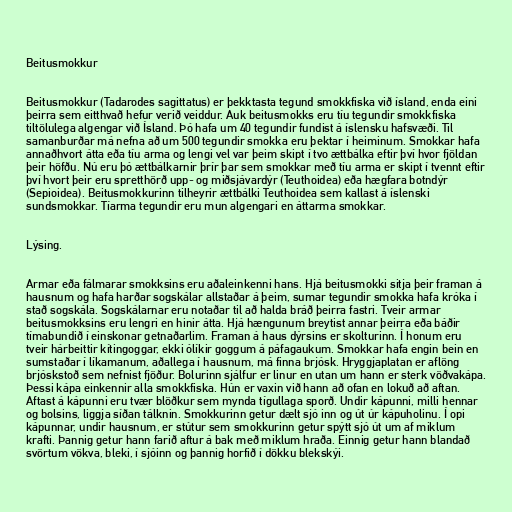
Beitusmokkur

Beitusmokkur (Tadarodes sagittatus) er þekktasta tegund smokkfiska við ísland, enda eini
þeirra sem eitthvað hefur verið veiddur. Auk beitusmokks eru tíu tegundir smokkfiska
tiltölulega algengar við Ísland. Þó hafa um 40 tegundir fundist á íslensku hafsvæði. Til
samanburðar má nefna að um 500 tegundir smokka eru þektar í heiminum. Smokkar hafa
annaðhvort átta eða tíu arma og lengi vel var þeim skipt í tvo ættbálka eftir því hvor fjöldan
þeir höfðu. Nú eru þó ættbálkarnir þrír þar sem smokkar með tíu arma er skipt í tvennt eftir
því hvort þeir eru spretthörð upp- og miðsjávardýr (Teuthoidea) eða hægfara botndýr
(Sepioidea). Beitusmokkurinn tilheyrir ættbálki Teuthoidea sem kallast á íslenski
sundsmokkar. Tíarma tegundir eru mun algengari en áttarma smokkar.

Lýsing.

Armar eða fálmarar smokksins eru aðaleinkenni hans. Hjá beitusmokki sitja þeir framan á
hausnum og hafa harðar sogskálar allstaðar á þeim, sumar tegundir smokka hafa króka í
stað sogskála. Sogskálarnar eru notaðar til að halda bráð þeirra fastri. Tveir armar
beitusmokksins eru lengri en hinir átta. Hjá hængunum breytist annar þeirra eða báðir
tímabundið í einskonar getnaðarlim. Framan á haus dýrsins er skolturinn. Í honum eru
tveir hárbeittir kítingoggar, ekki ólíkir goggum á páfagaukum. Smokkar hafa engin bein en
sumstaðar í líkamanum, aðallega í hausnum, má finna brjósk. Hryggjaplatan er aflöng
brjóskstoð sem nefnist fjöður. Bolurinn sjálfur er linur en utan um hann er sterk vöðvakápa.
Þessi kápa einkennir alla smokkfiska. Hún er vaxin við hann að ofan en lokuð að aftan.
Aftast á kápunni eru tvær blöðkur sem mynda tígullaga sporð. Undir kápunni, milli hennar
og bolsins, liggja síðan tálknin. Smokkurinn getur dælt sjó inn og út úr kápuholinu. Í opi
kápunnar, undir hausnum, er stútur sem smokkurinn getur spýtt sjó út um af miklum
krafti. Þannig getur hann farið aftur á bak með miklum hraða. Einnig getur hann blandað
svörtum vökva, bleki, í sjóinn og þannig horfið í dökku blekskýi.